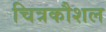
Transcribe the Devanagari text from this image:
चित्रकौशल